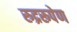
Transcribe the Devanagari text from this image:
रुद्ररूपेण